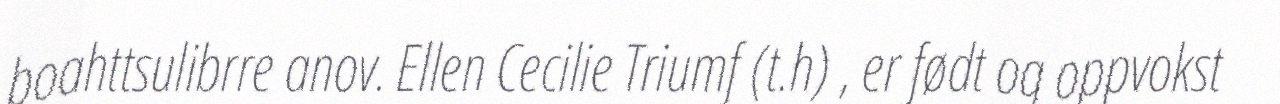
boahttsulibrre anov. Ellen Cecilie Triumf (t.h) , er født og oppvokst